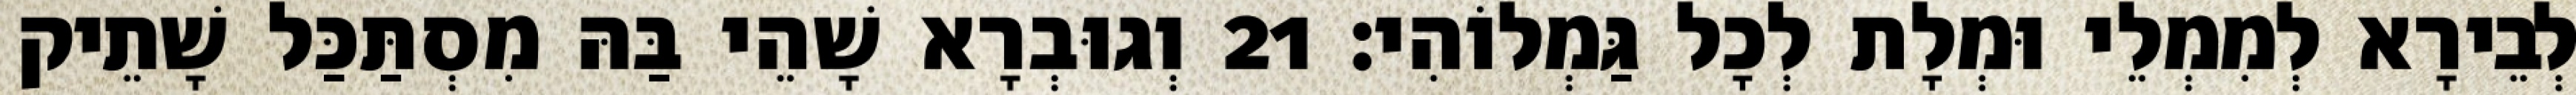
לְבֵירָא לְמִמְלֵי וּמְלָת לְכָל גַּמְלוֹהִי׃ 21 וְגוּבְרָא שָׁהֵי בַּהּ מִסְתַּכַּל שָׁתֵיק